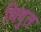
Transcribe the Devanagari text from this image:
विदुत